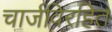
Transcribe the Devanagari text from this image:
चार्जविरहित